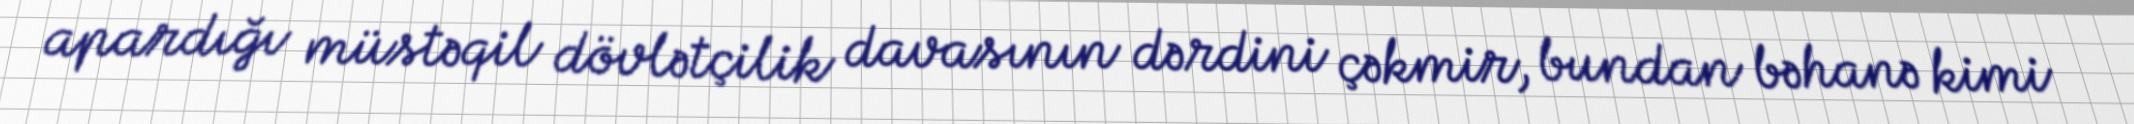
apardığı müstəqil dövlətçilik davasının dərdini çəkmir, bundan bəhanə kimi